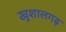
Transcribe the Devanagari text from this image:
खुशालगढ़